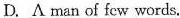
D.A man of few words.